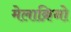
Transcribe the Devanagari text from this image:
मेलाक्रिनो